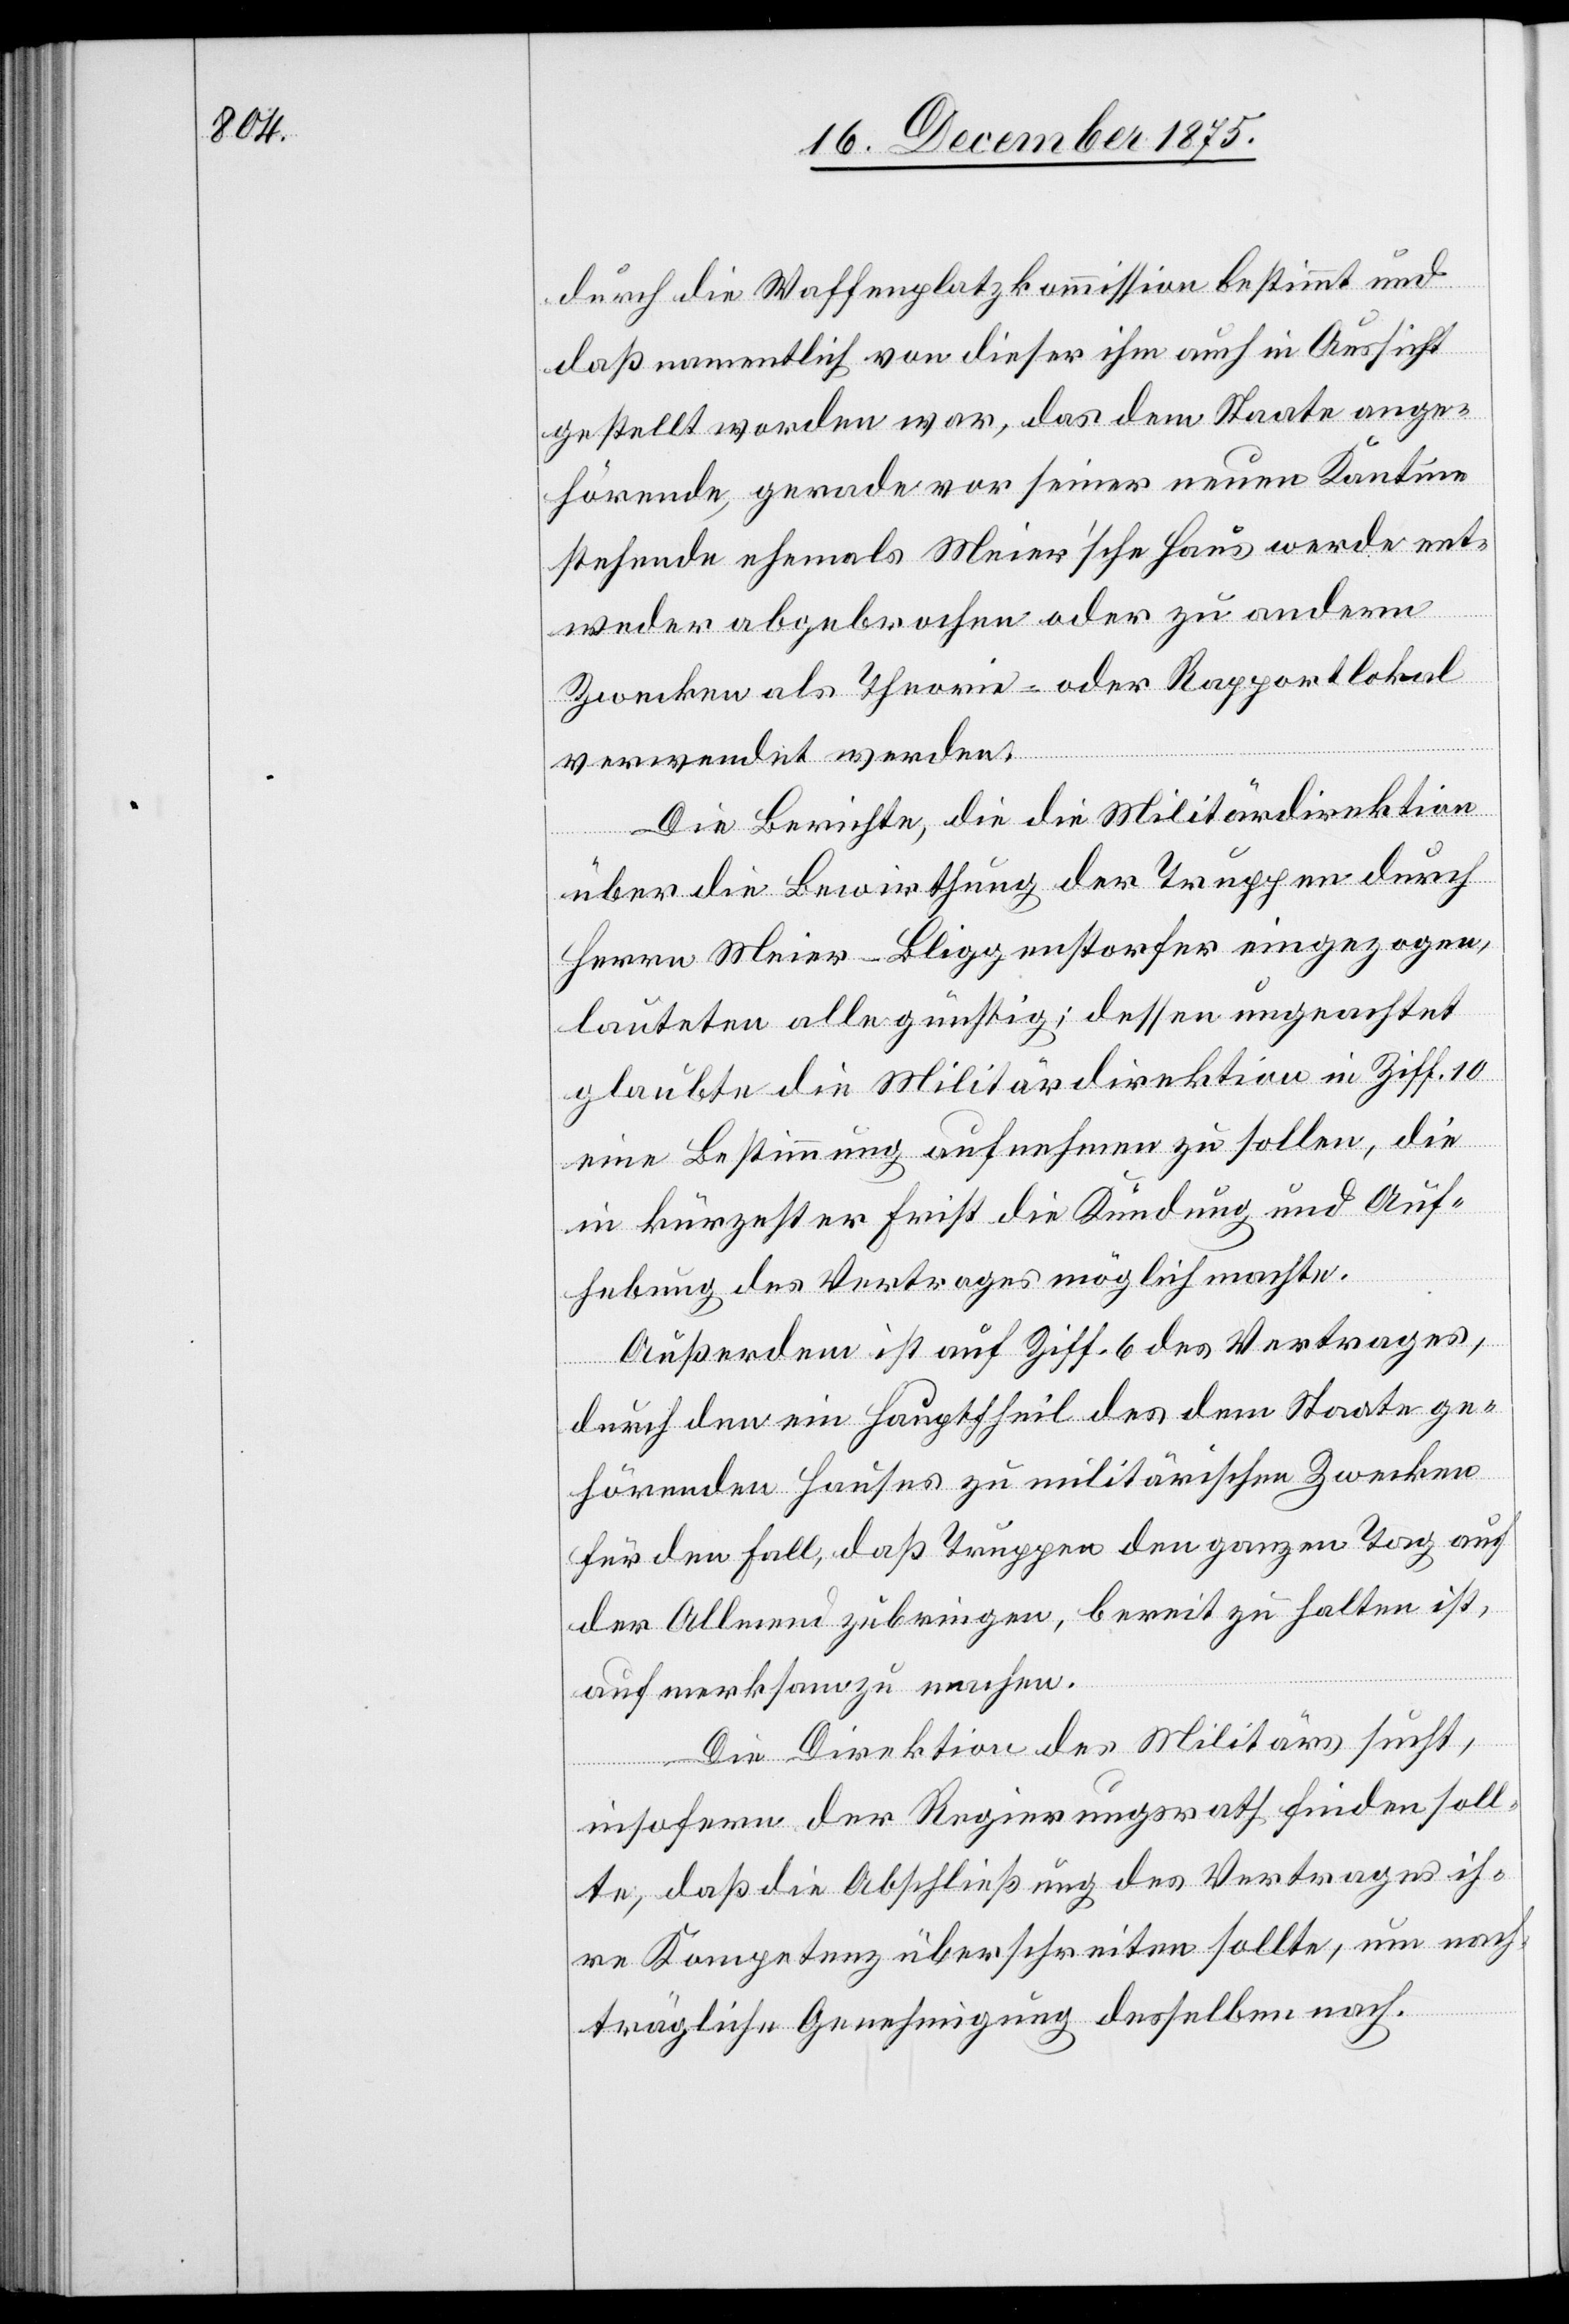
durch die Waffenplatzkommission bestimmt und
daß namentlich von dieser ihm auch in Aussicht
gestellt worden war, das dem Staate ange¬
hörende, gerade vor seiner neuen Kantine
stehende ehemals Meier’sche Haus werde ent¬
weder abgebrochen oder zu andern
Zwecken als Theorie- oder Rapportlokal
verwendet werden.
Die Berichte, die die Militärdirektion
über die Bewirthung der Truppen durch
Herrn Meier-. Bliggenstorfer eingezogen,
lauteten alle günstig; dessen ungeachtet
glaubte die Militärdirektion in Ziff. 10
eine Bestimmung aufnehmen zu sollen, die
in kürzester Frist die Kündung und Auf¬
hebung des Vertrages möglich machte.
Außerdem ist auf Ziff. 6 des Vertrages,
durch den ein Haupttheil des dem Staate ge¬
hörenden Hauses zu militärischen Zwecken[,]
für den Fall daß Truppen den ganzen Tag auf
der Allmend zubringen, bereit zu halten ist,
aufmerksam zu machen.
Die Direktion des Militärs sucht,
insofern der Regierungsrath finden soll¬
te, daß die Abschließung des Vertrages ih¬
re Kompetenz überschreiten sollte, um nach¬
trägliche Genehmigung desselben nach.